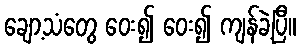
ချော့သံတွေ ဝေး၍ ဝေး၍ ကျန်ခဲ့ပြီ။